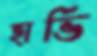
হার্ভি